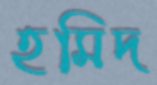
হমিদ